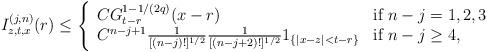
LaTeX: \begin{align*}I_{z,t,x}^{(j,n)}(r) \leq\left\{\begin{array}{ll}C G_{t-r}^{1-1/(2q)}(x-r) & \mbox{if $n-j=1,2,3$} \\C^{n-j+1} \frac{1}{[(n-j)!]^{1/2}} \frac{1}{[(n-j+2)!]^{1/2}} 1_{\{|x-z|<t-r\}} & \mbox{if $n-j \geq 4$},\end{array} \right.\end{align*}